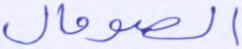
الصومال